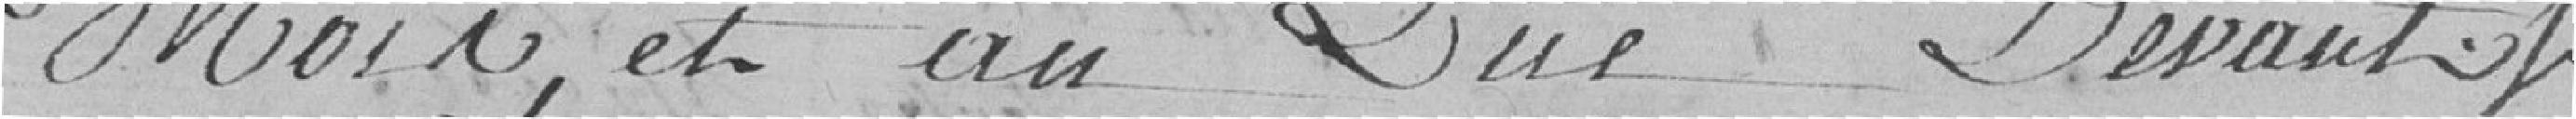
Mois et an que devant